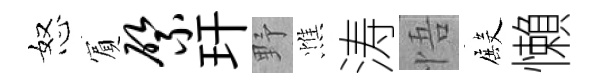
怒賔綮玕野憔涛悟殿懶